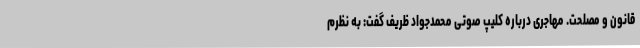
قانون و مصلحت. مهاجری درباره کلیپ صوتی محمدجواد ظریف گفت: به نظرم